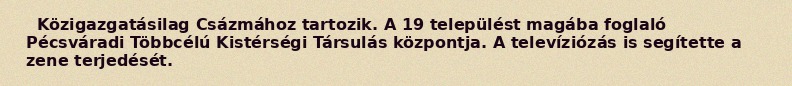
Közigazgatásilag Csázmához tartozik. A 19 települést magába foglaló Pécsváradi Többcélú Kistérségi Társulás központja. A televíziózás is segítette a zene terjedését.